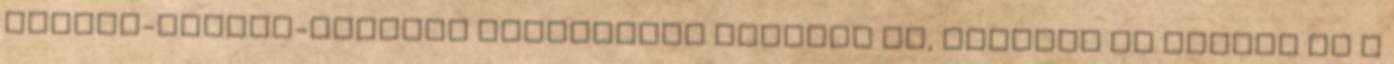
furcsa-stupid-abszurd lakáshitel kapcsán is, ugyanis én vagyok az a